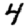
Digit: 4